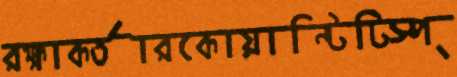
রক্ষাকর্তারকোয়ান্টিটিস্প্